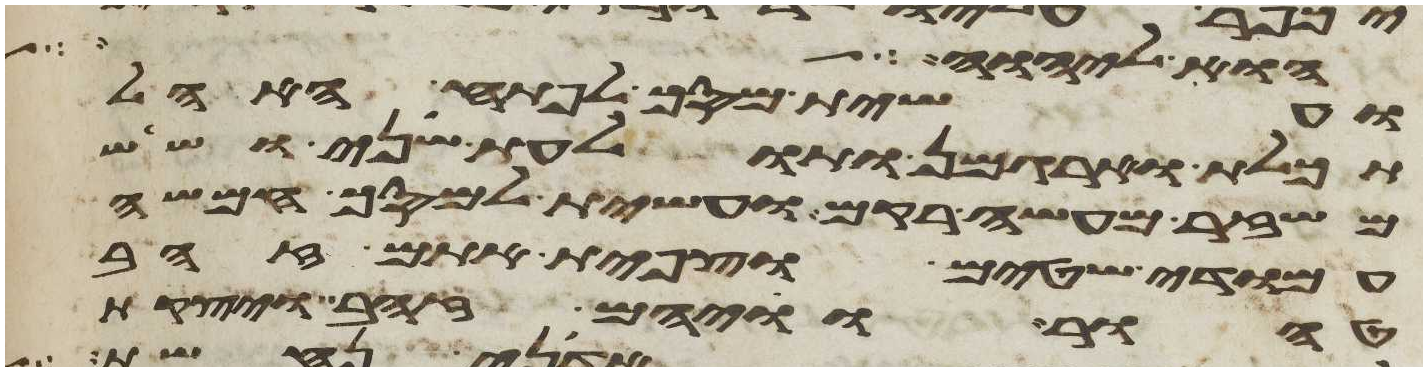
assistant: הוא ליהוה כל
ועשית מסך לפתח האהל
תכלת וארגמן ותולעת שני ושש
משזר מעשה רקם ועשית למסך חמשה
עמודי שטים וצפית אתם זהב
טהור וויהם זהב ויצקת